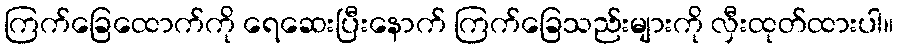
ကြက်ခြေထောက်ကို ရေဆေးပြီးနောက် ကြက်ခြေသည်းများကို လှီးထုတ်ထားပါ။